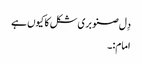
دِل صنوبری شکل کا کیوں ہے
امام:۔